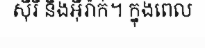
ស៊ីរី និងអ៊ីរ៉ាក់។ ក្នុងពេល